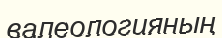
валеологияның